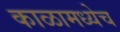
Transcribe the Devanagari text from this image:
काळामध्येच